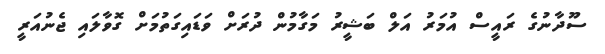
ސޫދާނުގެ ރައީސް އުމަރު އަލް ބަޝީރު މަގާމުން ދުރަށް ވަޑައިގަތުމަށް ގޮވާލައި ޖެނުއަރީ